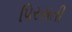
પિરસતી